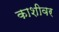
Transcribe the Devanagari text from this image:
काशीवर